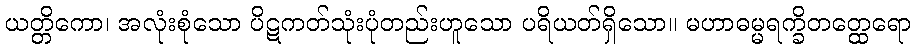
ယတ္တိကော၊ အလုံးစုံသော ပိဋကတ်သုံးပုံတည်းဟူသော ပရိယတ်ရှိသော။ မဟာဓမ္မရက္ခိတတ္ထေရော